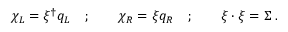
\chi _ { L } = \xi ^ { \dagger } q _ { L } \quad ; \qquad \chi _ { R } = \xi q _ { R } \quad ; \qquad \xi \cdot \xi = \Sigma \; .